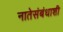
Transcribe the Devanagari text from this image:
नातेसंबंधाशी